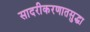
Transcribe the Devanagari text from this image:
सादरीकरणातसुद्धा